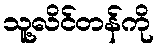
သူ့လိင်တန်ကို